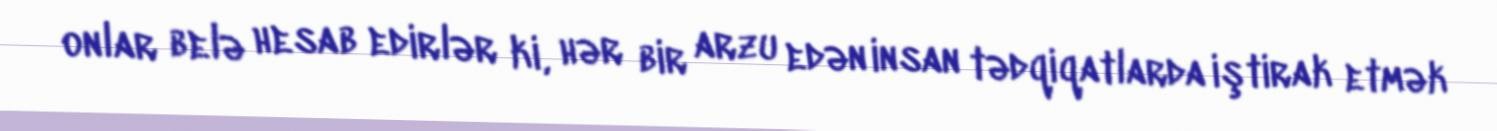
onlar belə hesab edirlər ki, hər bir arzu edən insan tədqiqatlarda iştirak etmək